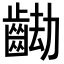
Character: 𪘖